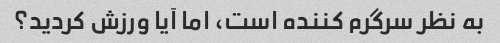
به نظر سرگرم کننده است، اما آیا ورزش کردید؟